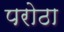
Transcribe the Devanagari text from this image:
परोठा